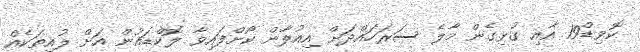
ކޮވިޑް19 އާއި ގުޅިގެން މާލެ ސަރަހައްދަށް އިއުލާން ކޯށްފައިވާ ލޮކްޑައުން އަށް ލުއިތަކެއް